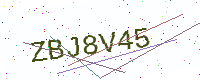
Text: ZBJ8V45